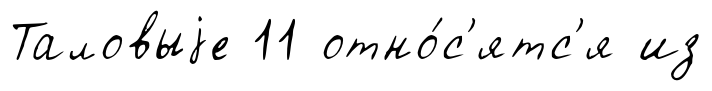
Таловыjе 11 отно́с'ятс'я из